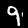
Label: 9